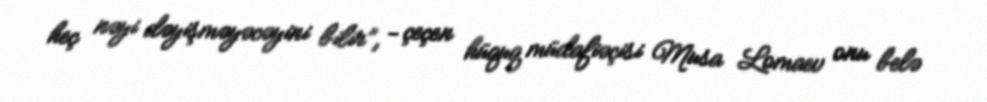
heç nəyi dəyişməyəcəyini bilir”, - çeçen hüquq müdafiəçisi Musa Lomaev onu belə